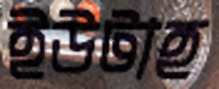
ইউটাহ